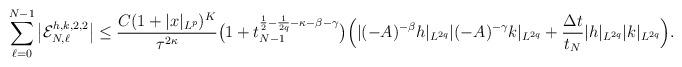
LaTeX: \begin{align*}\sum_{\ell=0}^{N-1}\big|\mathcal{E}_{N,\ell}^{h,k,2,2}\big|\le \frac{C(1+|x|_{L^p})^{K}}{\tau^{2\kappa}}\bigl(1+t_{N-1}^{\frac{1}{2}-\frac{1}{2q}-\kappa-\beta-\gamma}\bigr)\Bigl(|(-A)^{-\beta}h|_{L^{2q}}|(-A)^{-\gamma}k|_{L^{2q}}+\frac{\Delta t}{t_{N}}|h|_{L^{2q}}|k|_{L^{2q}}\Bigr).\end{align*}